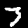
Label: 3